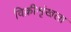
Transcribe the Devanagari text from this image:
विक्रीशृंखला